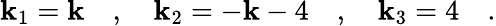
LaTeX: \mathbf{k}_{1}=\mathbf{k}\quad,\quad\mathbf{k}_{2}=-\mathbf{k}-4\quad,\quad\mathbf{k}_{3}=4\quad.